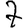
Digit: 7